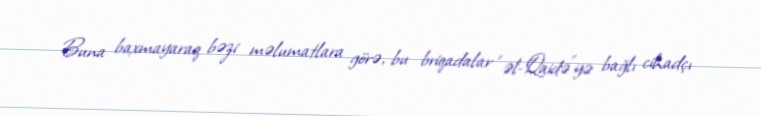
Buna baxmayaraq bəzi məlumatlara görə, bu briqadalar “əl-Qaidə”yə bağlı cihadçı